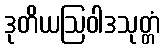
ဒုတိယဩဝါဒသုတ္တံ